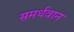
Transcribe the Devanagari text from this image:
समर्थवान